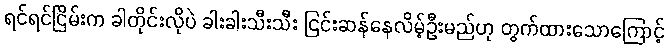
ရင်ရင်ငြိမ်းက ခါတိုင်းလိုပဲ ခါးခါးသီးသီး ငြင်းဆန်နေလိမ့်ဦးမည်ဟု တွက်ထားသောကြောင့်